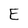
Character: E